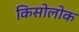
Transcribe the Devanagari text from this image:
किसोलोक